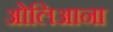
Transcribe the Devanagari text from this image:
ओलिआना